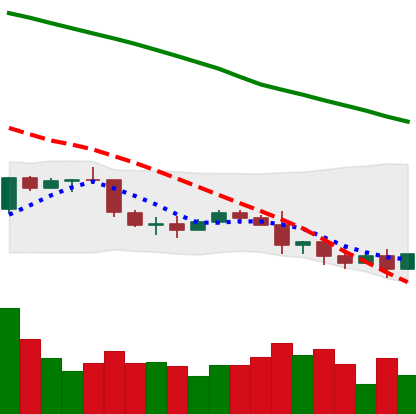
Ticker: NEO-USD
Chart end date: 2022-01-11
Forward return: 5.649%
Label: up_5_7